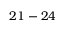
2 1 - 2 4